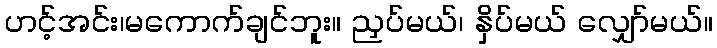
ဟင့်အင်း၊မကောက်ချင်ဘူး။ ညှပ်မယ်၊ နှိပ်မယ် လျှော်မယ်။